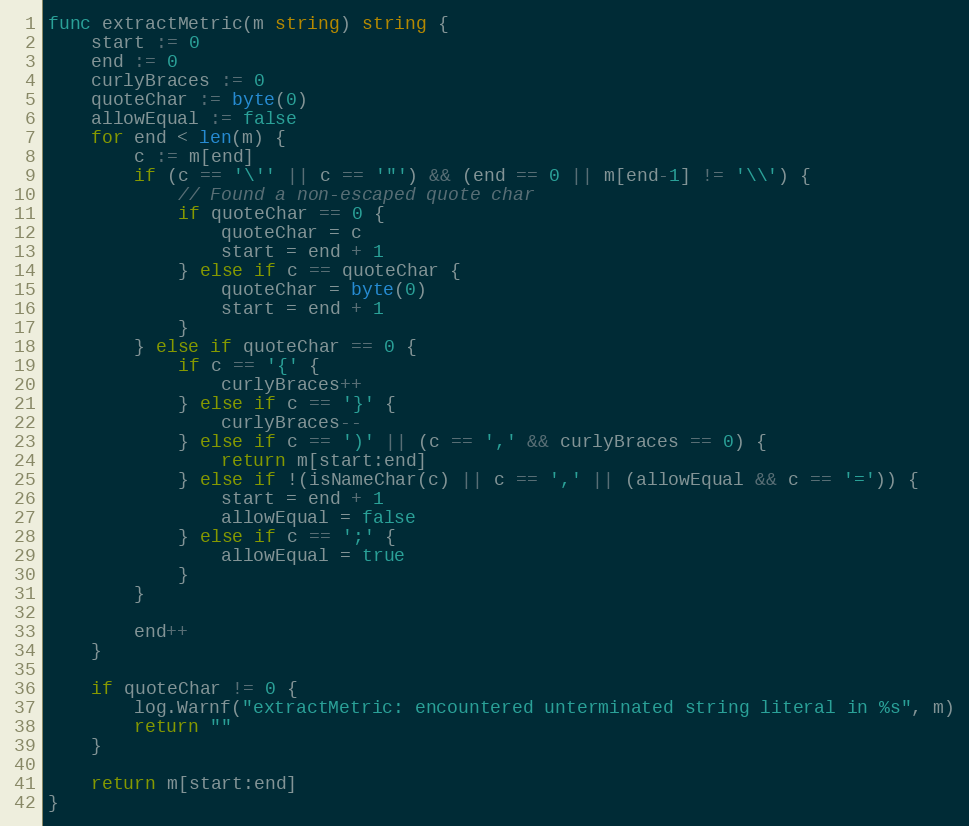
Language: Go
func extractMetric(m string) string {
	start := 0
	end := 0
	curlyBraces := 0
	quoteChar := byte(0)
	allowEqual := false
	for end < len(m) {
		c := m[end]
		if (c == '\'' || c == '"') && (end == 0 || m[end-1] != '\\') {
			// Found a non-escaped quote char
			if quoteChar == 0 {
				quoteChar = c
				start = end + 1
			} else if c == quoteChar {
				quoteChar = byte(0)
				start = end + 1
			}
		} else if quoteChar == 0 {
			if c == '{' {
				curlyBraces++
			} else if c == '}' {
				curlyBraces--
			} else if c == ')' || (c == ',' && curlyBraces == 0) {
				return m[start:end]
			} else if !(isNameChar(c) || c == ',' || (allowEqual && c == '=')) {
				start = end + 1
				allowEqual = false
			} else if c == ';' {
				allowEqual = true
			}
		}

		end++
	}

	if quoteChar != 0 {
		log.Warnf("extractMetric: encountered unterminated string literal in %s", m)
		return ""
	}

	return m[start:end]
}